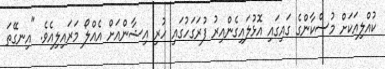
ކުއްލިއަކަށް މުސްކާންގެ ގައިގައި އޮޅުލައިގެންއިރު ފުރަގަހުގައި ހުރި އިޝާންއަށް އެއްލޯ މަރައިލިއެވެ. "އިނގޭތަ